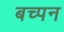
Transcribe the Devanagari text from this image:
बच्पन